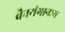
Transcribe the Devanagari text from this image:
वैनगंगानाग